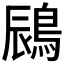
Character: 𪁧